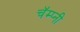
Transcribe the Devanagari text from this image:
चॅम्प्नी